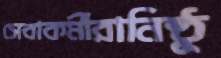
সেবাকর্মীরানিষ্ঠু